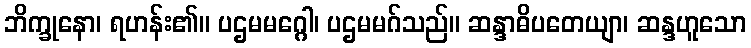
ဘိက္ခုနော၊ ရဟန်း၏။ ပဌမမဂ္ဂေါ၊ ပဌမမဂ်သည်။ ဆန္ဒာဓိပတေယျာ၊ ဆန္ဒဟူသော